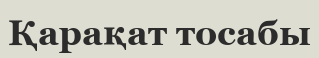
Қарақат тосабы